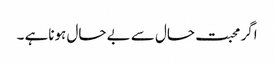
اگر محبت حال سے بے حال ہوناہے ۔